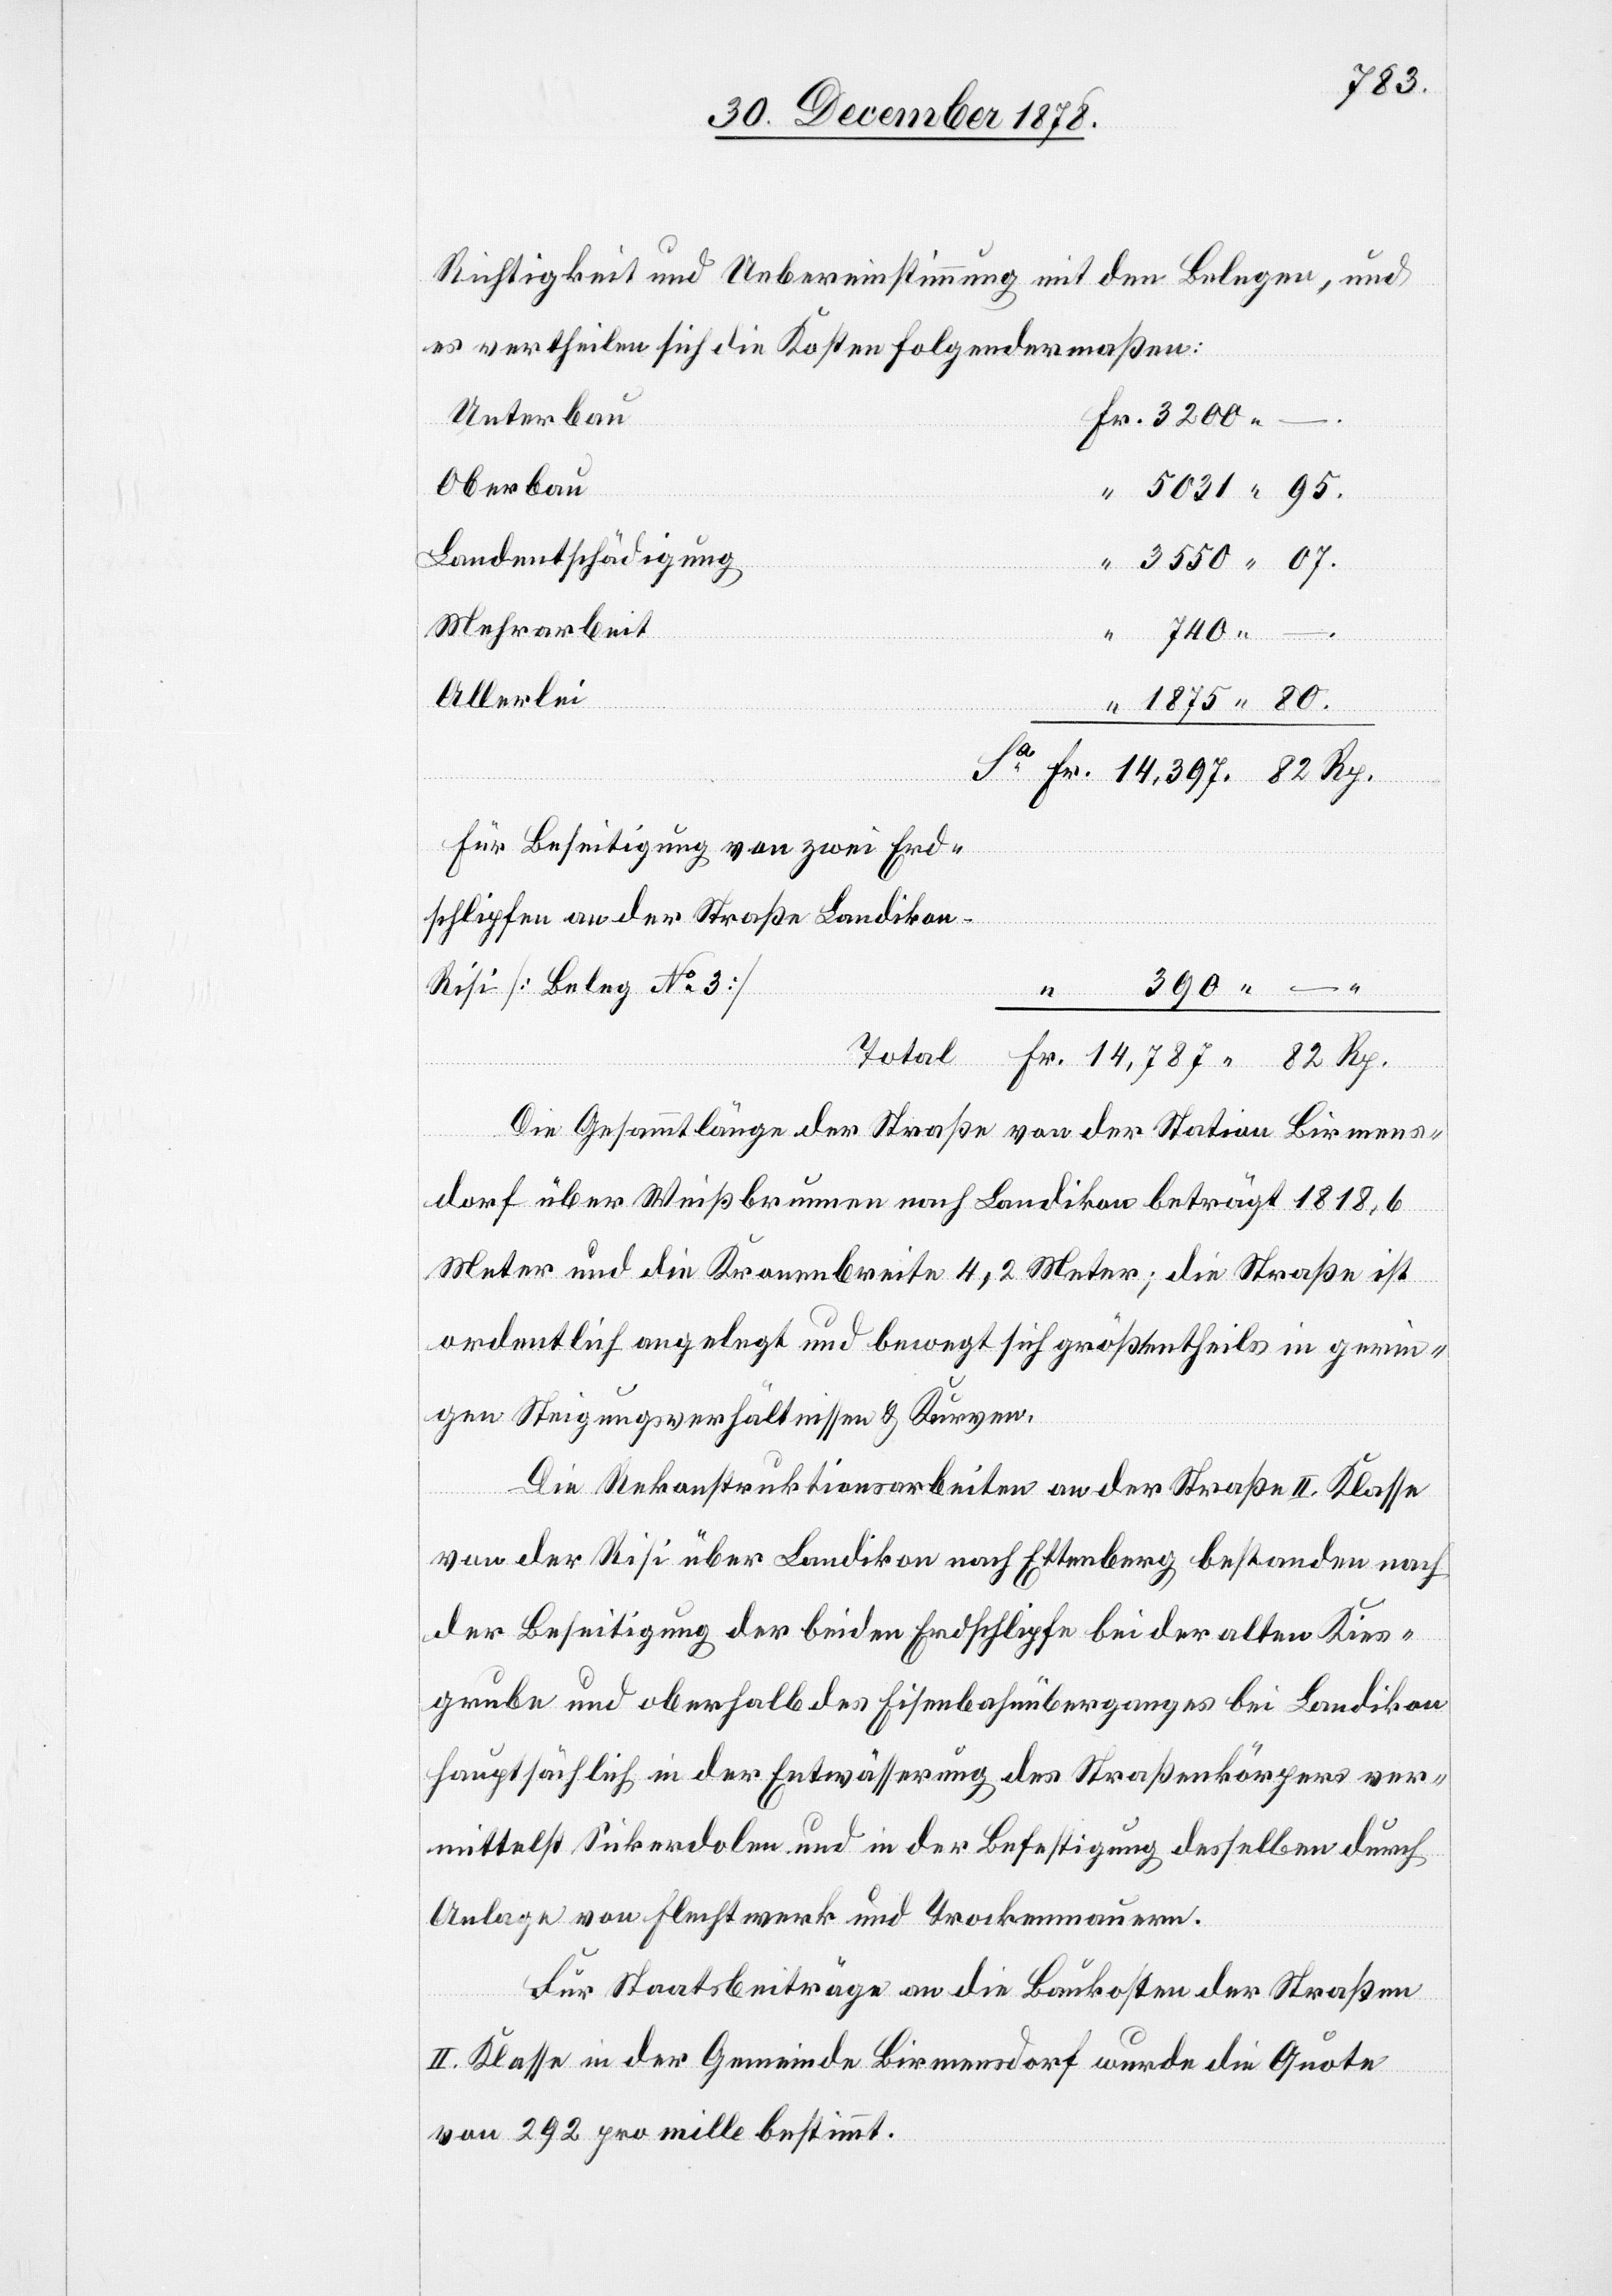
80.
Richtigkeit und Uebereinstimmung mit den Belegen, und
es vertheilen sich die Kosten folgendermaßen:
Unterbau
–.
Oberbau
Landentschädigung
Mehrarbeit
Allerlei
82.
“
Für Beseitigung von zwei Erd¬
n–Risi [Beleg No 3]
Landiko¬
Die Gesammtlänge der Straße von der Station Birmens¬
Rp
dorf über Weißbrunnen nach Landikon beträgt 1818,6
Meter und die Kronenbreite 4,2 Meter; die Straße ist
ordentlich angelegt und bewegt sich größtentheils in gerin¬
gen Steigungsverhältnissen & Kurven.
Die Rekonstruktionsarbeiten an der Straße II. Klasse
schlipfen
von der Risi über Landikon nach Ettenberg bestanden nach
der Beseitigung der beiden Erdschlipfe bei der alten Kies¬
grube und oberhalb des Eisenbahnüberganges bei Landikon
hauptsächlich in der Entwässerung des Straßenkörpers ver¬
mittelst Sickerdolen und in der Befestigung desselben durch
Anlage von Flechtwerk und Trockenmauern.
Für Staatsbeiträge an die Baukosten der Straßen
II. Klasse in der Gemeinde Birmensdorf wurde die Quote
von 292 pro mille bestimmt.